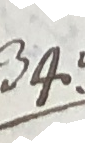
34